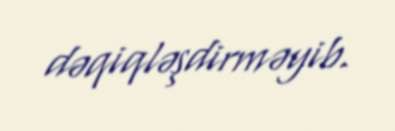
dəqiqləşdirməyib.